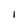
Character: I